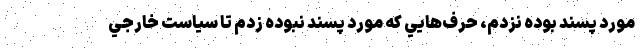
مورد پسند بوده نزدم، حرف‌هايي كه مورد پسند نبوده زدم تا سياست خارجي